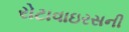
રોટાવાઇરસની